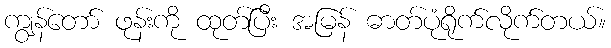
ကျွန်တော် ဖုန်းကို ထုတ်ပြီး အမြန် ဓာတ်ပုံရိုက်လိုက်တယ်။